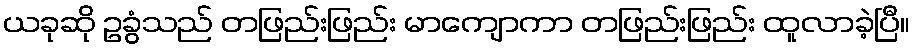
ယခုဆို ဥခွံသည် တဖြည်းဖြည်း မာကျောကာ တဖြည်းဖြည်း ထူလာခဲ့ပြီ။